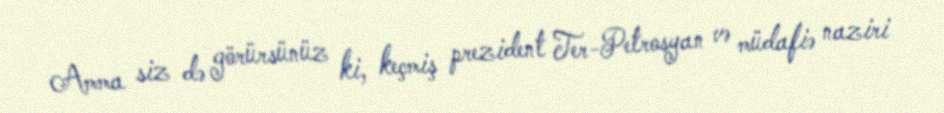
Amma siz də görürsünüz ki, keçmiş prezident Ter-Petrosyan və müdafiə naziri